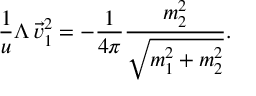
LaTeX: \frac { 1 } { u } \Lambda \, \vec { v } _ { 1 } ^ { 2 } = - \frac { 1 } { 4 \pi } \frac { m _ { 2 } ^ { 2 } } { \sqrt { m _ { 1 } ^ { 2 } + m _ { 2 } ^ { 2 } } } .